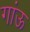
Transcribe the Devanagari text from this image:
गांऊ